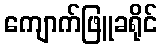
ကျောက်ဖြူခရိုင်